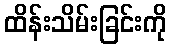
ထိန်းသိမ်းခြင်းကို